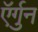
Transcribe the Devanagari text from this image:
ऍर्गुन